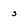
Character: s